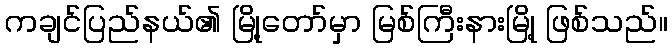
ကချင်ပြည်နယ်၏ မြို့တော်မှာ မြစ်ကြီးနားမြို့ ဖြစ်သည်။